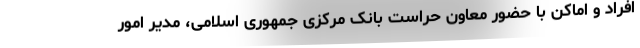
افراد و اماکن با حضور معاون حراست بانک مرکزی جمهوری اسلامی، مدیر امور